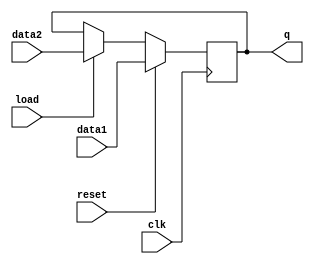
module DFF_Regular(input clk,reset,load,data1,data2,output reg q);
  always@(negedge clk)
	if (reset)
		q=data1;
	else
		if(load)
			q=data2;
endmodule
module DFF_MEM(input clk,reset,load,data1,data2,output reg q);
  always@(clk)
	if (reset)
		q=data1;
	else
		if(load)
			q=data2;
endmodule